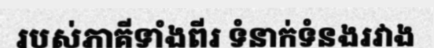
របស់ភាគីទាំងពីរ ទំនាក់ទំនងរវាង